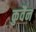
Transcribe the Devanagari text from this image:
कुवैन